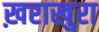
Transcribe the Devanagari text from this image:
ख़राखुरा